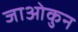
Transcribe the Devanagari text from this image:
जाओकुन